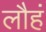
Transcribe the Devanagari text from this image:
लौहं